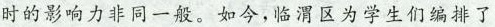
的影响力非同一般。如今,临渭区为学生们编排了